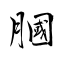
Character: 膕